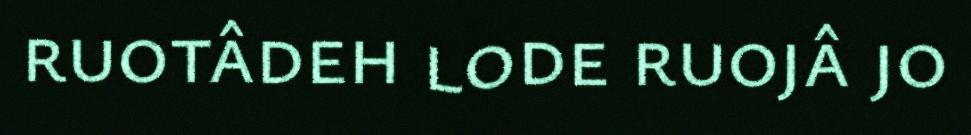
ruotâdeh lode ruojâ jo